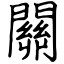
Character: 關